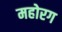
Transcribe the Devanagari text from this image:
महोरग